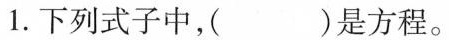
1.下列式子中，()是方程。